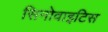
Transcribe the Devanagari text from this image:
सिनोवाइटिस